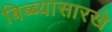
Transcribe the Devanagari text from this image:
बिब्ब्यासारखे